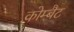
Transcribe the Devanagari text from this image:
कोम्बैट